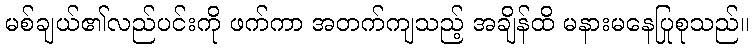
မစ်ချယ်၏လည်ပင်းကို ဖက်ကာ အတက်ကျသည့် အချိန်ထိ မနားမနေပြုစုသည်။